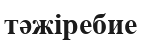
тәжіребие